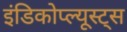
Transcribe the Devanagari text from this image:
इंडिकोप्ल्यूस्ट्स